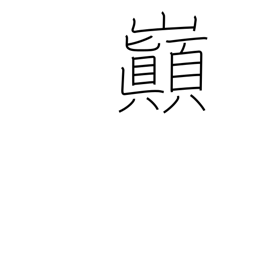
Meaning: summit